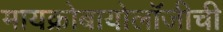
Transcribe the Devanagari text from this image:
मायक्रोबायोलॉजीची